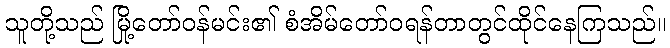
သူတို့သည် မြို့တော်ဝန်မင်း၏ စံအိမ်တော်ဝရန်တာတွင်ထိုင်နေကြသည်။